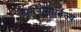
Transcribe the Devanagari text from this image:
ऋषीणामार्त्विज्यं